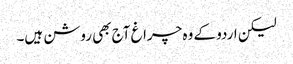
لیکن اردو کے وہ چراغ آج بھی روشن ہیں۔